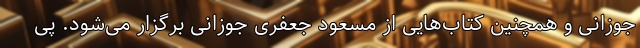
جوزانی و همچنین کتاب‌هایی از مسعود جعفری جوزانی برگزار می‌شود. پی